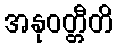
အနုဝတ္တီတိ